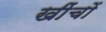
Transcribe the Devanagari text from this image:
खींचों